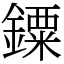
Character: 䥔